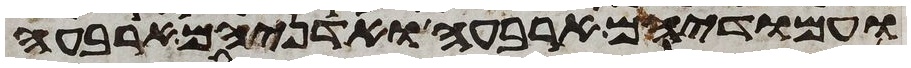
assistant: ועמודיהם ארבעה ואדניהם ארבעה